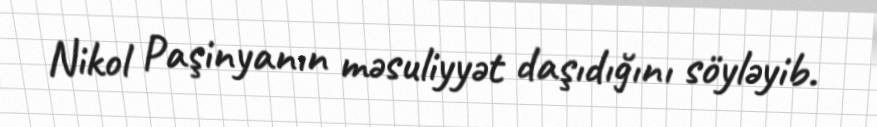
Nikol Paşinyanın məsuliyyət daşıdığını söyləyib.